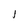
Character: I